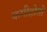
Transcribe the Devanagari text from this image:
कमीहोतो